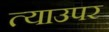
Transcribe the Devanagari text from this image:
त्याउपर